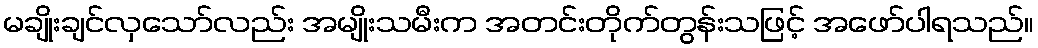
မချိုးချင်လှသော်လည်း အမျိုးသမီးက အတင်းတိုက်တွန်းသဖြင့် အဖော်ပါရသည်။